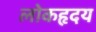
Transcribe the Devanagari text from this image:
लोकहृदय